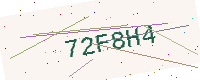
Text: 72F8H4